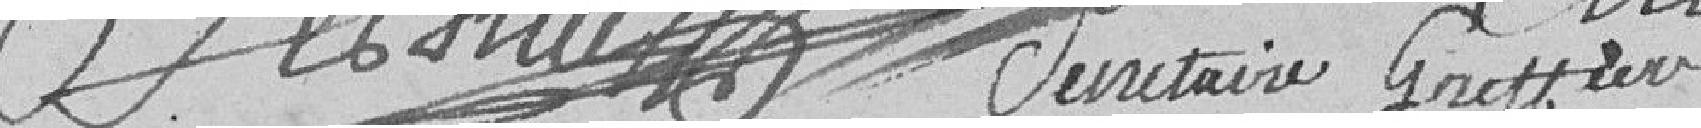
Les secrétaire greffier